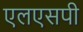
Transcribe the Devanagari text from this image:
एलएसपी